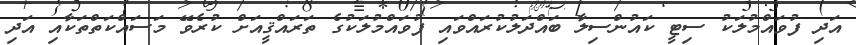
އަދި ފުވައްމުލަކު ސިޓީ ކައުންސިލާ ބައްދަލުކުރައްވައި ފުވައްމުލަކުގެ ތަރައްޤީއަށް ކުރެވޭ މަސައްކަތްތަކާއި އަދި